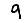
Digit: 9